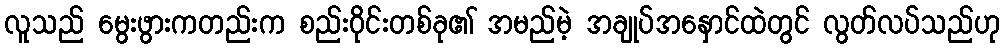
လူသည် မွေးဖွားကတည်းက စည်းဝိုင်းတစ်ခု၏ အမည်မဲ့ အချုပ်အနှောင်ထဲတွင် လွတ်လပ်သည်ဟု